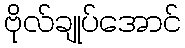
ဗိုလ်ချုပ်အောင်